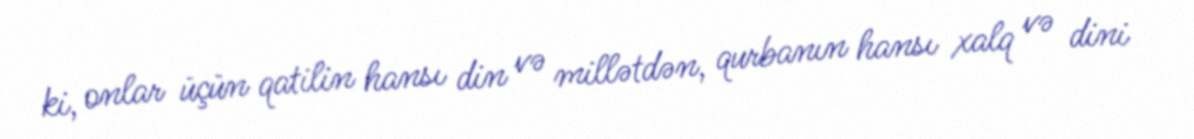
ki, onlar üçün qatilin hansı din və millətdən, qurbanın hansı xalq və dini